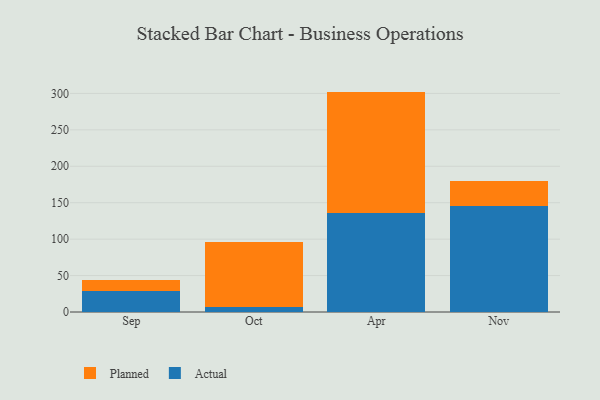
{"axis": {"x": "Month", "y": "Website Visitors"}, "legend": ["Actual", "Planned"], "data": [{"x": "Sep", "y": 28.6, "type": "Actual"}, {"x": "Sep", "y": 14.7, "type": "Planned"}, {"x": "Oct", "y": 6.6, "type": "Actual"}, {"x": "Oct", "y": 89.7, "type": "Planned"}, {"x": "Apr", "y": 135.8, "type": "Actual"}, {"x": "Apr", "y": 166.7, "type": "Planned"}, {"x": "Nov", "y": 145.0, "type": "Actual"}, {"x": "Nov", "y": 34.3, "type": "Planned"}]}